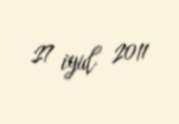
27 iyul 2011